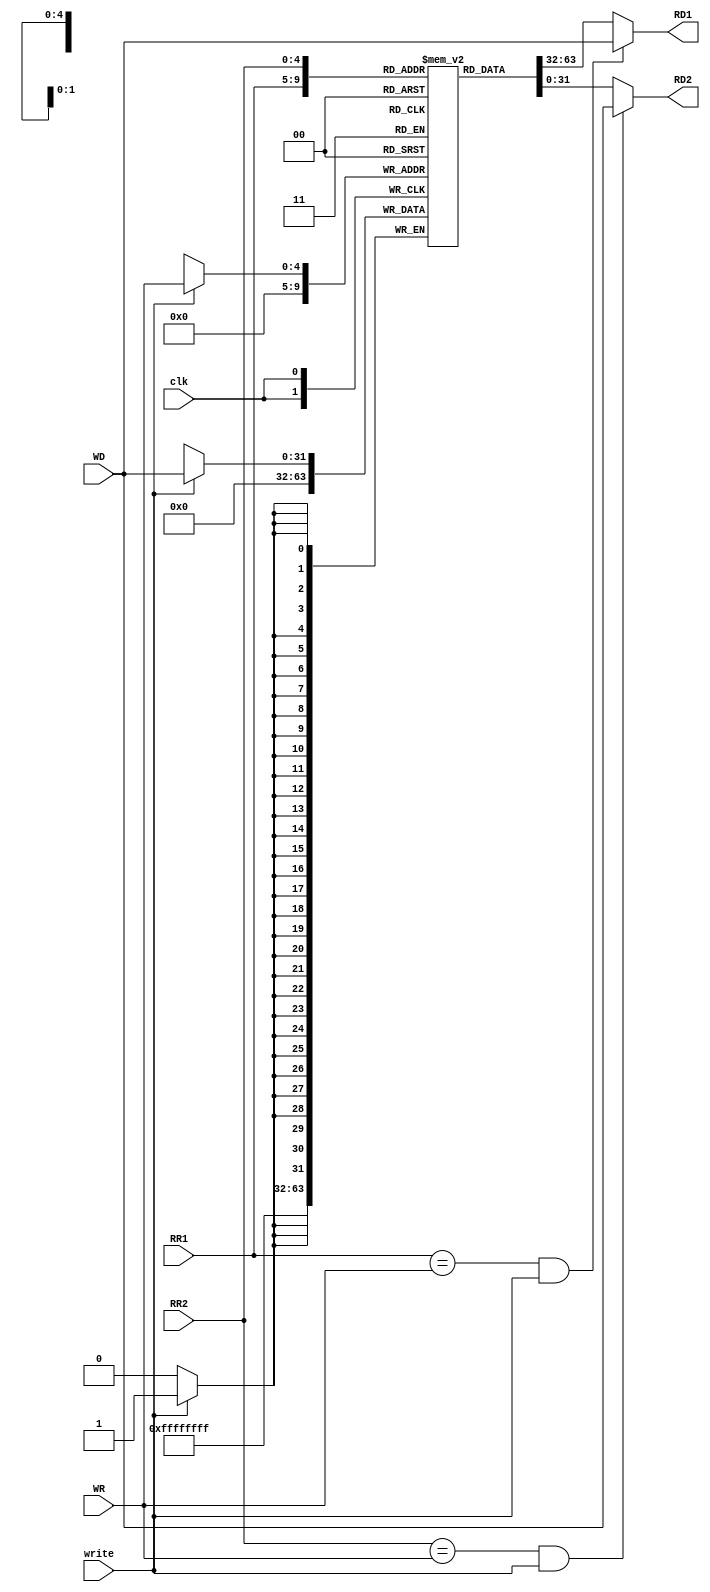
module reg_file(input clk,
	input write,
	input [4:0] WR,
	input [31:0] WD,
	input [4:0] RR1,
	input [4:0] RR2,
	output wire [31:0] RD1,
	output wire [31:0] RD2);

	reg [31:0] rf_data [0:31];	

	assign RD1 = (RR1==WR && write==1)?WD:rf_data[RR1];
	assign RD2 = (RR2==WR && write==1)?WD:rf_data[RR2];
	
	always @( posedge clk ) 
		begin
			if ( write )
				rf_data[ WR ] <= WD;
			rf_data[0] <= 32'h00000000;
		end
endmodule